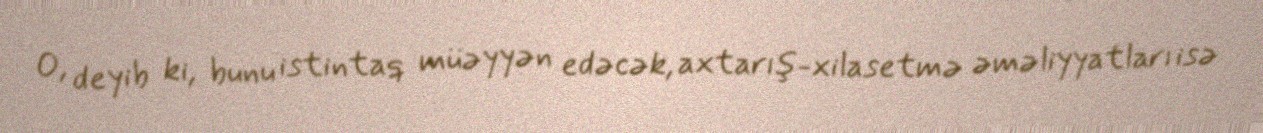
O, deyib ki, bunu istintaq müəyyən edəcək, axtarış-xilasetmə əməliyyatları isə